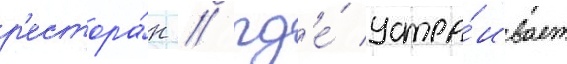
р'естора́н / гд'е́ устра́ивает